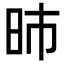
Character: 昁